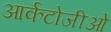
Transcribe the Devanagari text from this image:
आर्कटोजीओ